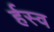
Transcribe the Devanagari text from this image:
र्हस्व